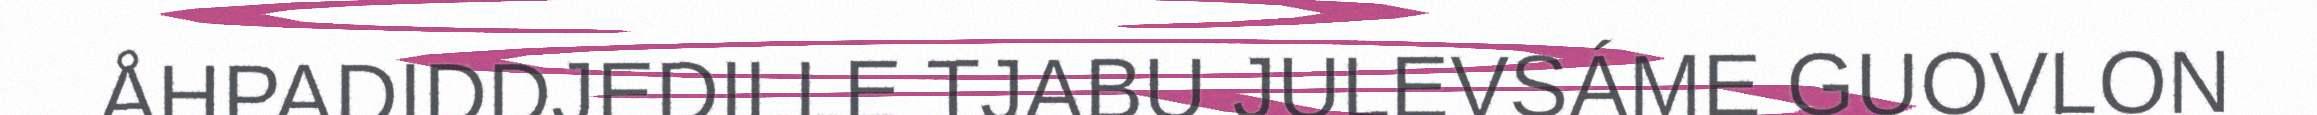
ÅHPADIDDJEDILLE TJABU JULEVSÁME GUOVLON